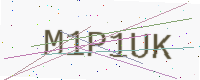
Text: M1P1UK